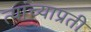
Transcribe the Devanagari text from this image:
त्यांच्याप्रती